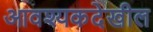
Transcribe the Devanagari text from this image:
आवश्यकदेखील